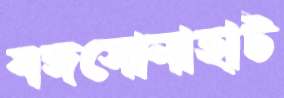
বঙ্গসোনাহাট